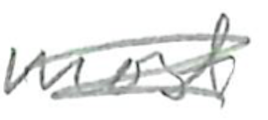
Text: most
Cross-out: scratch
Writing tool: pencil